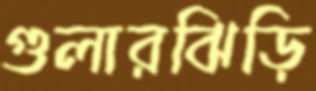
গুলারঝিড়ি